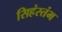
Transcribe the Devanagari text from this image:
सिहंस्तंभ